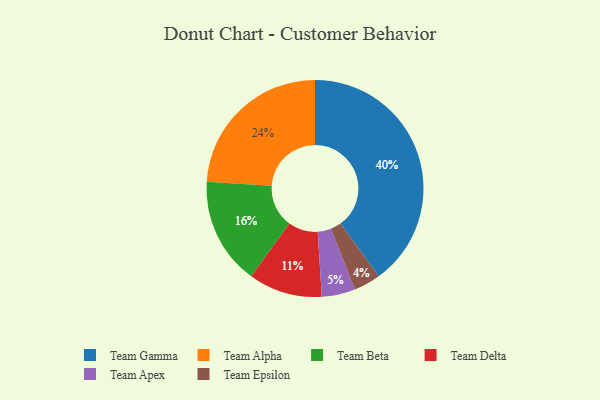
{"axis": {"x": "Category", "y": "Percentage"}, "legend": ["Team Alpha", "Team Apex", "Team Beta", "Team Delta", "Team Epsilon", "Team Gamma"], "data": [{"x": "Team Delta", "y": 11, "type": "Team Delta"}, {"x": "Team Epsilon", "y": 4, "type": "Team Epsilon"}, {"x": "Team Beta", "y": 16, "type": "Team Beta"}, {"x": "Team Apex", "y": 5, "type": "Team Apex"}, {"x": "Team Gamma", "y": 40, "type": "Team Gamma"}, {"x": "Team Alpha", "y": 24, "type": "Team Alpha"}]}